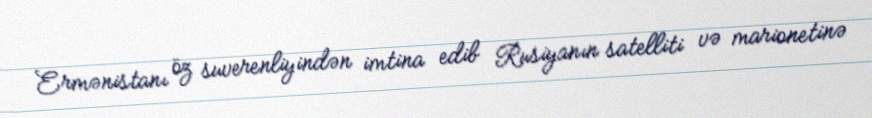
Ermənistanı öz suverenliyindən imtina edib Rusiyanın satelliti və marionetinə